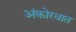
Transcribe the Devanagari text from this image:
अंकोरवात